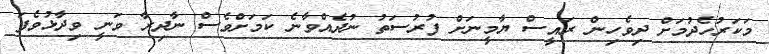
މަކަރުހެދުމަށް ދިވެހިން ރައީސް ޔާމީނަށް ފުރުސަތު ނުދެއްވާނެ ކަމަށްވެސް ނާދިރާ ވަނީ ވިދާޅުވެފަ